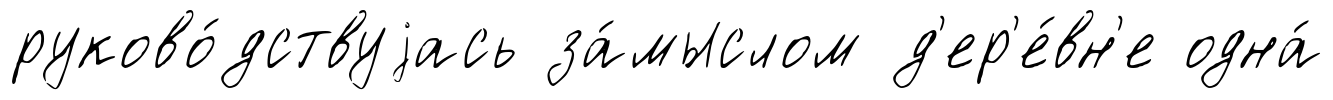
руково́дствуjась за́мыслом д'ер'е́вн'е одна́